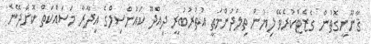
ޤާނޫނީގޮތުން ގެޒެޓްކުރެވޭ ލިޔުން ތިލަދުންމަތީ އުތުރުބުރީ ދިއްދޫ ކައުންސިލްގެ އިދާރާ މަސައްކަތް ކޮށްދޭނެ